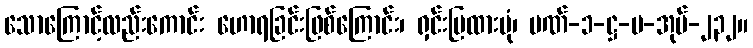
သောကြောင့်လည်းကောင်း ဟောရခြင်းဖြစ်ကြောင်း၊ ရှင်းပြထားပုံ၊ ပဏ်-၁-ဋ္ဌ-ပ-အုပ်-၂၃၂။